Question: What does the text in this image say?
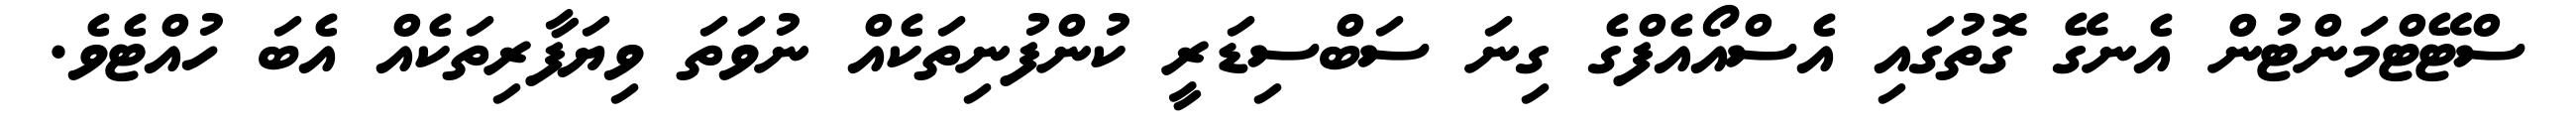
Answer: ސްޓޭޓްމަންޓުން އެނގޭ ގޮތުގައި އެސްއޯއެފްގެ ގިނަ ސަބްސިޑަރީ ކުންފުނިތަކެއް ނުވަތަ ވިޔަފާރިތަކެއް އެބަ ހުއްޓެވެ.